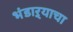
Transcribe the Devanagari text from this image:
भंडाऱ्याचा